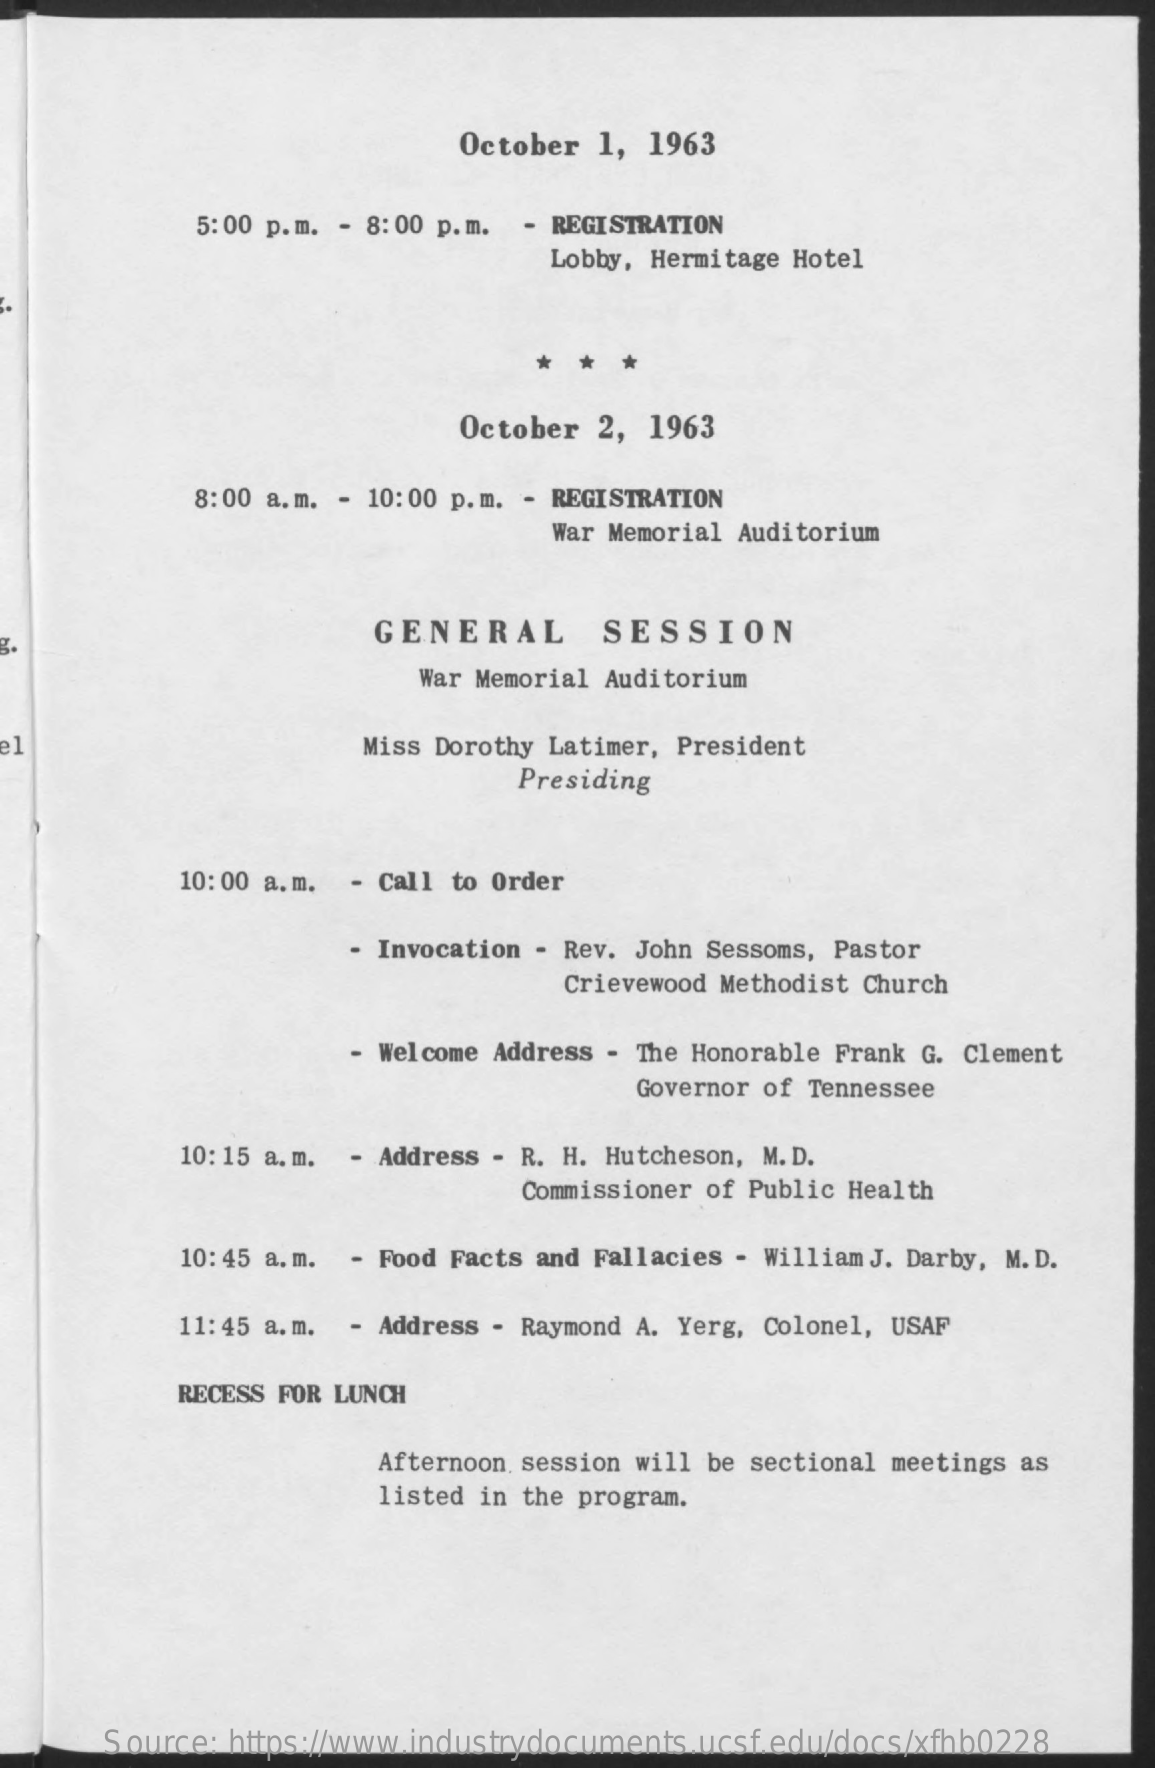
October 1,  1963
     5:00 p.m. - 8:00 p.m. - REGISTRATION
     Lobby, Hermitage Hotel
     October 2,  1963
     8:00 a.m. - 10:00 p.m. - REGISTRATION
     War Memorial Auditorium
     GENERAL    SESSION
     War Memorial Auditorium
     Miss Dorothy Latimer, President
     Presiding
     10:00 a.m. - Call to Order
     - Invocation - Rev. John Sessoms, Pastor
     Crievewood Methodist Church
     - Welcome Address - The Honorable Frank G. Clement
     Governor of Tennessee
     10:15 a.m. - Address - R. H. Hutcheson, M. D.
     Commissioner of Public Health
     10:45 a. m. - Food Facts and Fallacies - William J. Darby, M. D.
     11:45 a.m. - Address - Raymond A. Yerg, Colonel, USAF
     RECESS FOR LUNCH
     Afternoon session will be sectional meetings as
     listed in the program.
     Source: https://www.industrydocuments.ucsf.edu/docs/xfhb0228